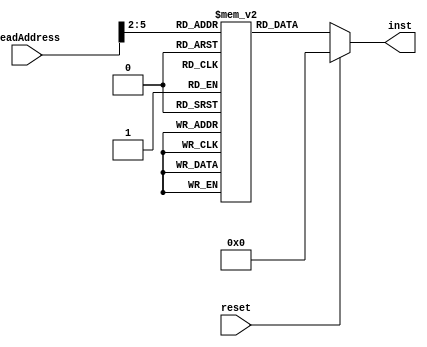
`timescale 1ns / 1ps
//////////////////////////////////////////////////////////////////////////////////
// Company: 
// Engineer: 
// 
// Design Name: 
// Module Name:    inst_memory 
// Project Name: 
// Target Devices: 
// Tool versions: 
// Description: 
//
// Dependencies: 
//
// Revision: 
// Revision 0.01 - File Created
// Additional Comments: 
//
//////////////////////////////////////////////////////////////////////////////////
module inst_memory(
    input reset,
    input [31:0] readAddress,
    output reg [31:0] inst
    );
	 reg [31:0] instMemFile[0:15];
	 initial
	 begin
		instMemFile[0] = 32'b10001100000000010000000000001000;//lw $1,8($0);
		instMemFile[1] = 32'b10001100000000100000000000001010;//lw $2,12($0)
		instMemFile[2] = 32'b10001100000000110000000000000000;//lw $3,0($0)
		instMemFile[3] = 32'b00000000001000100010000000100000;//add $4,$1,$2
		instMemFile[4] = 32'b00000000011000010011100000100101;//or $7,$3,$1
		instMemFile[5] = 32'b00000000100001100010000000100000;//add $4,$4,$6
		instMemFile[6] = 32'b00000000011000010010100000100010;//sub $5,$3,$1
		instMemFile[7] = 32'b00000000010000010011000000100100;//and $6,$2,$1
		instMemFile[8] = 32'b10001100000010100000000000000000;//lw $10,0($0)
		instMemFile[9] = 32'b10001100000010100000000000000000;//lw $10,0($0)
		instMemFile[10] = 32'b10001100000010100000000000000000;//lw $10,0($0)
		instMemFile[11] = 32'b00000000000000000000000000000000;//nop
		instMemFile[12] = 32'b00000000000000000000000000000000;//nop
		instMemFile[13] = 32'b00010000000000000000000000000001;//beq $0,$0,1
		instMemFile[14] = 32'b10001100000010000000000000000000;//lw $8,0($0) not executed
		instMemFile[15] = 32'b00000000000000000000000000000000;
	end
	
	always @(readAddress or reset)
	begin
		if(reset)
			inst=0;
		else 
			inst=instMemFile[readAddress>>2];
	end


endmodule